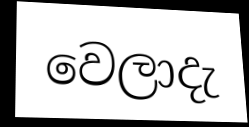
වෙලාදැ